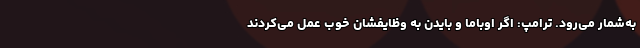
به‌شمار می‌رود. ترامپ: اگر اوباما و بایدن به وظایفشان خوب عمل می‌کردند